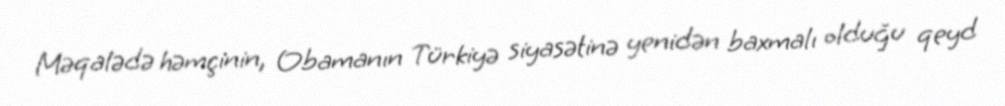
Məqalədə həmçinin, Obamanın Türkiyə siyasətinə yenidən baxmalı olduğu qeyd